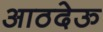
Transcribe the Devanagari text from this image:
आठदेऊ